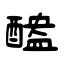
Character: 醠